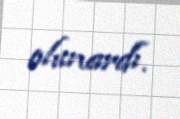
olunardı.